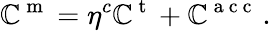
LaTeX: \mathbb{C}^{\mathrm{{~m~}}}={\eta}^{c}\mathbb{C}^{\mathrm{{~t~}}}+\mathbb{C}^{\mathrm{{~a~c~c~}}}\, .